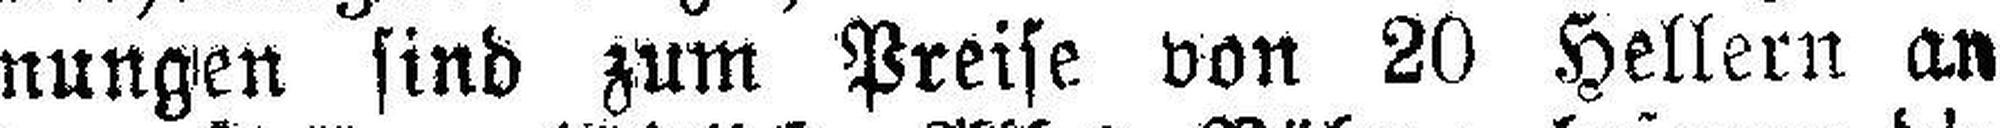
nungen sind zum Preise von 20 Hellern an